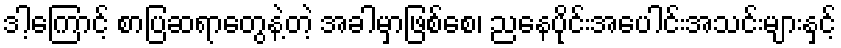
ဒါ့ကြောင့် စာပြဆရာတွေနဲ့တဲ့ အခါမှာဖြစ်စေ၊ ညနေပိုင်းအပေါင်းအသင်းများနှင့်